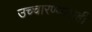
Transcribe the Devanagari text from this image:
उच्चारण्यासही